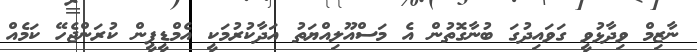
ނާޒިމް ވިދާޅުވީ ގަވައިދުގަ ބުނާގޮތުން އެ މަސްއޫލިއްޔަތު އަދާކުރުމަކީ އެމްޑީޕީން ކުރަންޖެހޭ ކަމެއް